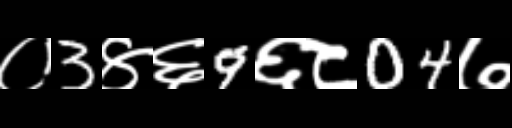
Text: ०3४६9६८04७